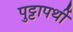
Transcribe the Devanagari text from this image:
पुट्टापर्थी